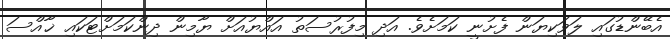
އެބޭންޑުގައި ލަވަކިޔަން ފެށުނީ ކަމަށެވެ. އަދި މިފުރުސަތު އައްޔުއަށް ޔާމިން ދިންކަމަށްޓަކައި ޚާއްސަ